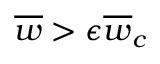
\overline { { w } } > \epsilon \overline { { w } } _ { c }